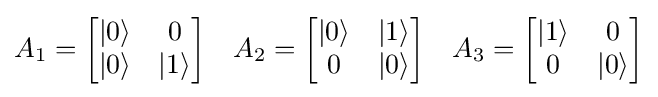
A_{1}={\begin{bmatrix}|0\rangle &0\\|0\rangle &|1\rangle \end{bmatrix}}\quad A_{2}={\begin{bmatrix}|0\rangle &|1\rangle \\0&|0\rangle \end{bmatrix}}\quad A_{3}={\begin{bmatrix}|1\rangle &0\\0&|0\rangle \end{bmatrix}}